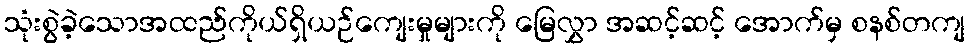
သုံးစွဲခဲ့သောအထည်ကိုယ်ရှိယဉ်ကျေးမှုများကို မြေလွှာ အဆင့်ဆင့် အောက်မှ စနစ်တကျ